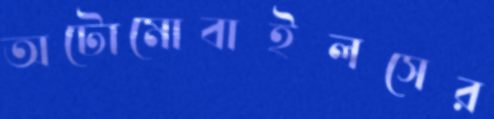
অটোমোবাইলসের